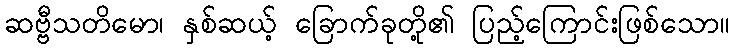
ဆဗ္ဗီသတိမော၊ နှစ်ဆယ့် ခြောက်ခုတို့၏ ပြည့်ကြောင်းဖြစ်သော။